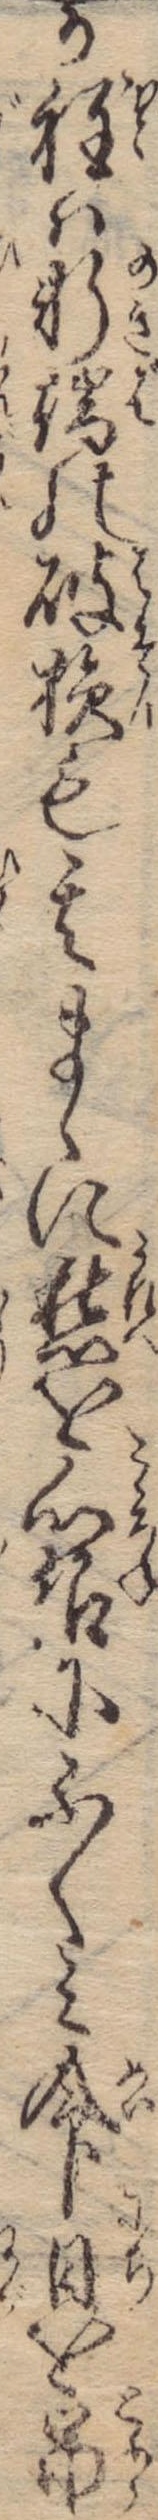
か程は軒端の破損も其まゝに愁を心根にふくみ命日を吊